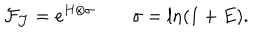
{ \cal F } _ { \cal J } = \mathrm { e } ^ { H \otimes \sigma } \qquad \sigma = \ln ( 1 + E ) .